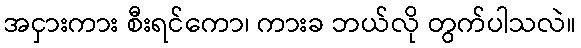
အငှားကား စီးရင်ကော၊ ကားခ ဘယ်လို တွက်ပါသလဲ။